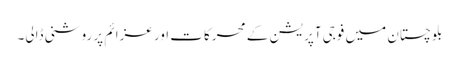
بلوچستان میں فوجی آپریشن کے محرکات اور عزائم پر روشنی ڈالی۔